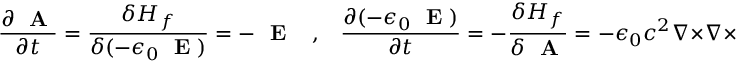
\frac { \partial \mathrm { ~ \bf ~ A ~ } } { \partial t } = \frac { \delta H _ { f } } { \delta ( - \epsilon _ { 0 } \mathrm { ~ \bf ~ E ~ } ) } = - \mathrm { ~ \bf ~ E ~ } \; \; \; , \; \; \; \frac { \partial ( - \epsilon _ { 0 } \mathrm { ~ \bf ~ E ~ } ) } { \partial t } = - \frac { \delta H _ { f } } { \delta \mathrm { ~ \bf ~ A ~ } } = - \epsilon _ { 0 } c ^ { 2 } \nabla \times \nabla \times \mathrm { ~ \bf ~ A ~ }